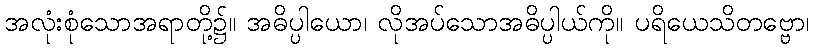
အလုံးစုံသောအရာတို့၌။ အဓိပ္ပါယော၊ လိုအပ်သောအဓိပ္ပါယ်ကို။ ပရိယေသိတဗ္ဗော၊